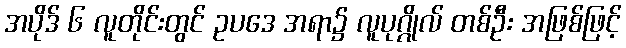
အပိုဒ် ၆ လူတိုင်းတွင် ဥပဒေ အရာ၌ လူပုဂ္ဂိုလ် တစ်ဦး အဖြစ်ဖြင့်